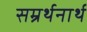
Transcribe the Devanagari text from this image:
सम्रर्थनार्थ